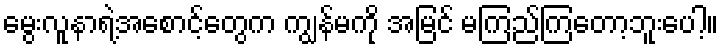
မွေးလူနာရဲ့အစောင့်တွေက ကျွန်မကို အမြင် မကြည်ကြတော့ဘူးပေါ့။